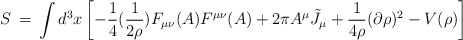
\begin{align*}S\,=\, \int d^3x \left[ -\frac{1}{4} (\frac{1}{2\rho}) F_{\mu\nu}(A) F^{\mu\nu}(A) + 2 \pi A^\mu {\tilde J}_\mu +\frac{1}{4 \rho} (\partial \rho)^2 - V(\rho) \right]\end{align*}